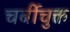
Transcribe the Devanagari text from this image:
चर्बीचुक्त